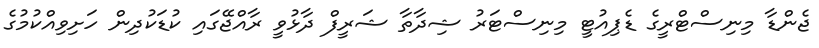
ޖެންޑާ މިނިސްޓްރީގެ ޑެޕިއުޓީ މިނިސްޓަރު ޝިދާތާ ޝަރީފް ދާޅުވީ ރާއްޖޭގައި ކުޑަކުދިން ހަށިވިއްކުމުގެ